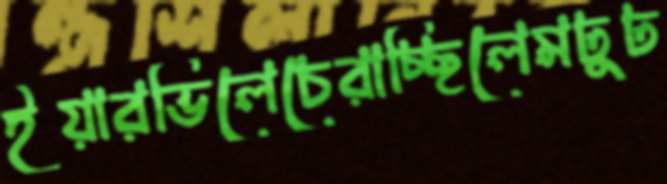
ইয়ারভিলেচেরাচ্ছিলেমঢুঢ